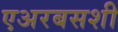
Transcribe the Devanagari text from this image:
एअरबसशी